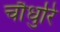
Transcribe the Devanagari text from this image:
चौधुरि